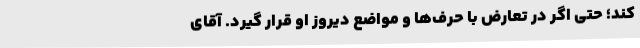
کند؛ حتی اگر در تعارض با حرف‌ها و مواضع دیروز او قرار گیرد. آقای